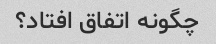
چگونه اتفاق افتاد؟